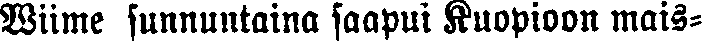
Wiime sunnuntaina saapui Kuopioon mais-